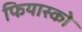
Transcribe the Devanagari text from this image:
फियास्को